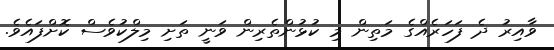
ވާއިރު ދެ ފަހަރެއްގެ މަތިން މި ކުޅުންތެރިން ވަނީ ތަށި މިލްކުވެސް ކޮށްފައެވެ.